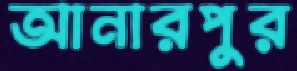
আনারপুর